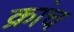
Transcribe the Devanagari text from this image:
क्रांच